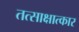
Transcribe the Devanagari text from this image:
तत्साक्षात्कार